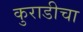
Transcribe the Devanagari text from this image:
कुराडीचा